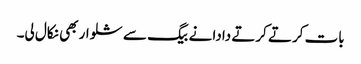
بات کرتے کرتے دادا نے بیگ سے شلوار بھی نکال لی۔